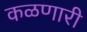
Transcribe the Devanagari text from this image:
कळणारी